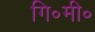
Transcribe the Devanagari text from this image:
गि॰मी॰